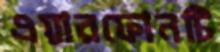
এয়ারফোনটি